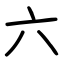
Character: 六